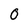
Character: 0